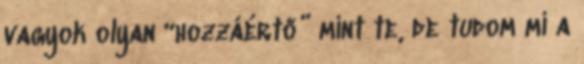
vagyok olyan “hozzáértő” mint te, de tudom mi a